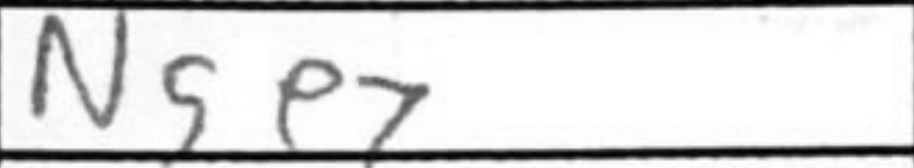
Transcription: Nge7